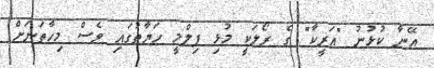
އޭނާ ކުޅުނު "އަރީކާ" ގެ ރޯލަކީ މުޅި ފިލްމީ ހަޔާތުގައި ވެސް މިހާތަނަށް